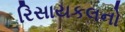
રિસાયકલનો